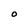
Character: o